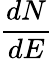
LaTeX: \frac{dN}{dE}